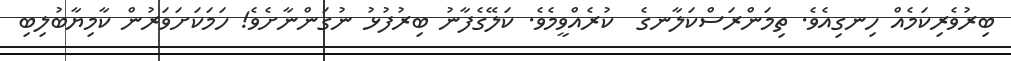
ބިރުވެރިކަމެއް ހިނގިއެވެ. ތިމަންރަސްކަލާނގެ  ކުރެއްވީމެވެ. ކަލޭގެފާނު ބިރުފުޅު ނުގަންނާށެވެ! ހަމަކަށަވަރުން ކާމިޔާބުލިބި